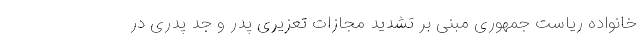
خانواده ریاست جمهوری مبنی بر تشدید مجازات تعزیری پدر و جد پدری در